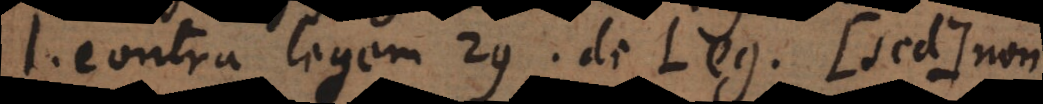
l. contra legem 29. de Leg. (sed) non